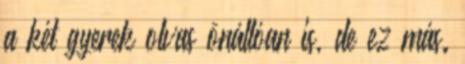
a két gyerek olvas önállóan is, de ez más.